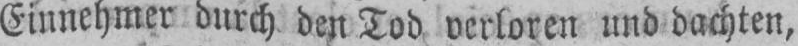
Einnehmer durch den Tod verloren und dachten,